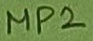
Text: MP2